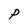
Character: P